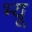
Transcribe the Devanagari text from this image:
भ्यू